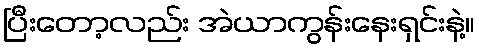
ပြီးတော့လည်း အဲယာကွန်းနေးရှင်းနဲ့။